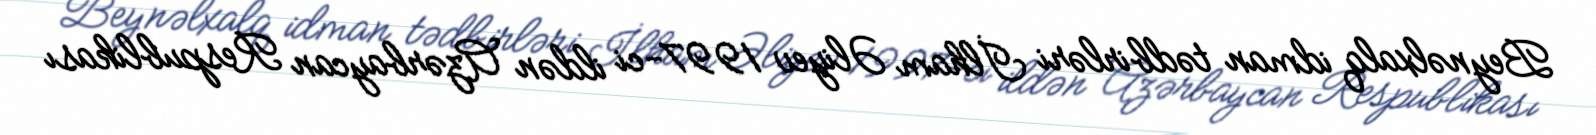
Beynəlxalq idman tədbirləri İlham Əliyev 1997-ci ildən Azərbaycan Respublikası